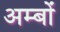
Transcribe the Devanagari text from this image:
अम्बों